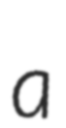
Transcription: a